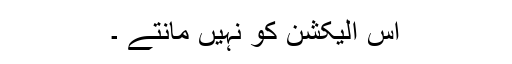
اس الیکشن کو نہیں مانتے ۔